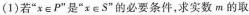
(1)若”x\in P”是”x\in S”的必要条件，求实数m的取